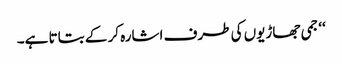
‘‘ جمی جھاڑیوں کی طرف اشارہ کر کے بتاتا ہے۔